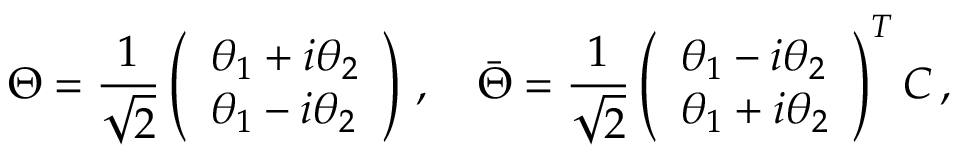
\Theta = \frac { 1 } { \sqrt { 2 } } \left( \begin{array} { l } { { \theta _ { 1 } + i \theta _ { 2 } } } \\ { { \theta _ { 1 } - i \theta _ { 2 } } } \end{array} \right) \, , \quad \bar { \Theta } = \frac { 1 } { \sqrt { 2 } } \left( \begin{array} { l } { { \theta _ { 1 } - i \theta _ { 2 } } } \\ { { \theta _ { 1 } + i \theta _ { 2 } } } \end{array} \right) ^ { T } { \cal C } \, ,